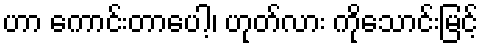
ဟာ ကောင်းတာပေါ့၊ ဟုတ်လား ကိုသောင်းမြင့်